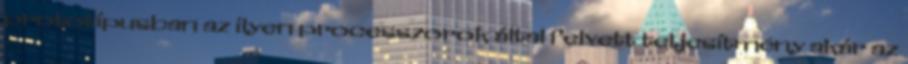
prototípusban az ilyen processzorok által felvett teljesítmény akár az